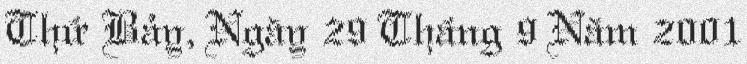
Thứ Bảy, Ngày 29 Tháng 9 Năm 2001